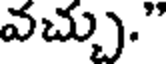
వచ్చు."